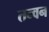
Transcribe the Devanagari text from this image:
तन्वन